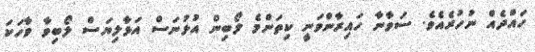
ހައްދެއް ނުހުރެއެވެ. ސަވާނާ ހައިރާންވަނީ ކިތަންމެ ލޯބިން އުޅުނަސް އަޅާލިޔަސް ލޯބިވާ ވާހަކަ